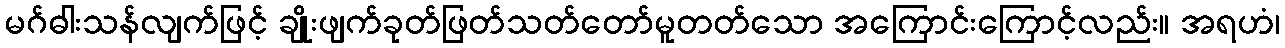
မဂ်ဓါးသန်လျက်ဖြင့် ချိုးဖျက်ခုတ်ဖြတ်သတ်တော်မူတတ်သော အကြောင်းကြောင့်လည်း။ အရဟံ၊